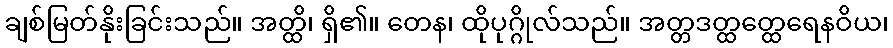
ချစ်မြတ်နိုးခြင်းသည်။ အတ္ထိ၊ ရှိ၏။ တေန၊ ထိုပုဂ္ဂိုလ်သည်။ အတ္တဒတ္ထတ္ထေရေနဝိယ၊